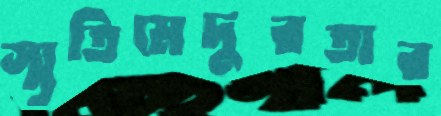
স্মৃতিমেদুরতার